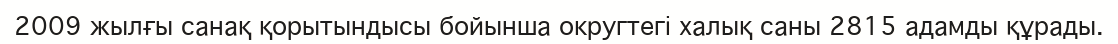
2009 жылғы санақ қорытындысы бойынша округтегі халық саны 2815 адамды құрады.